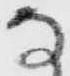
な